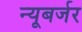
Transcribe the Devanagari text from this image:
न्यूबर्जर